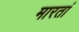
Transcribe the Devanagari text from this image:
मारतां